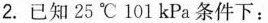
2.已知25℃101kPa条件下：